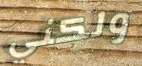
ولكني